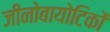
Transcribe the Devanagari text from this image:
जीनोबायोटिकों